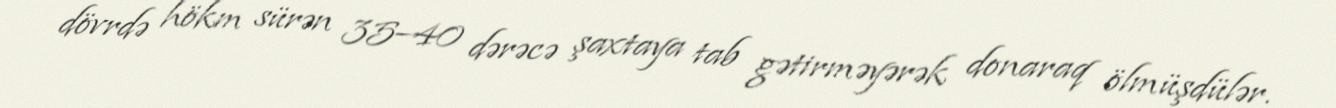
dövrdə hökm sürən 35–40 dərəcə şaxtaya tab gətirməyərək donaraq ölmüşdülər.